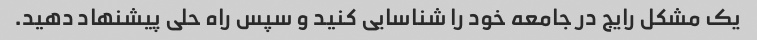
یک مشکل رایج در جامعه خود را شناسایی کنید و سپس راه حلی پیشنهاد دهید.